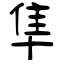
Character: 隼